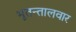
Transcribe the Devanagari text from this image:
भूतन्तालवार